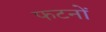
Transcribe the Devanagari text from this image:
फटनों